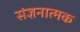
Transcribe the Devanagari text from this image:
संज्ञनात्मक